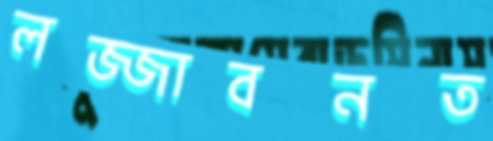
লজ্জাবনত